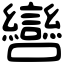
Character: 㘘